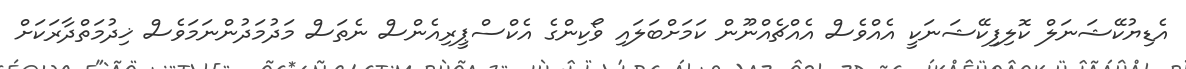
އެޑިޔުކޭޝަނަލް ކޮލިފިކޭޝަނަކީ އެއްވެސް އެއްޗެއްނޫން ކަމަށްބަލައި ވޯކިންގެ އެކްސްޕީރިއެންސް ނެތަސް މަދުމަދުންނަމަވެސް ޚިދުމަތްދާރަކަށް